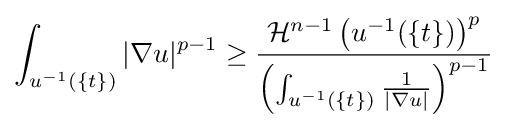
\int _{u^{-1}(\{t\})}|\nabla u|^{p-1}\geq {\frac {{\mathcal {H}}^{n-1}\left(u^{-1}(\{t\})\right)^{p}}{\left(\int _{u^{-1}(\{t\})}{\frac {1}{|\nabla u|}}\right)^{p-1}}}